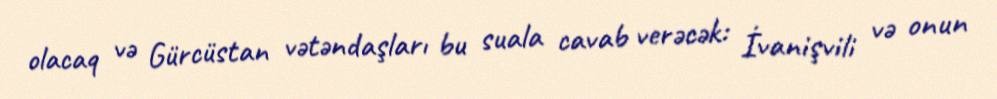
olacaq və Gürcüstan vətəndaşları bu suala cavab verəcək: İvanişvili və onun